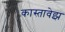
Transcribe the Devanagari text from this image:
कास्तावेझ